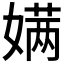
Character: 𮱔